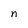
Character: n